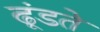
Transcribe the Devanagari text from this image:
ढूंडते